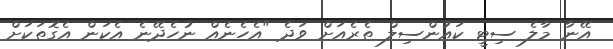
އޭނާ މާލެ ސިޓީ ކައުންސިލް ތެރެއަށް ވަދެ "އެހެނެއް ނުހެދޭނެ އެކަން އެގޮތަކަށް